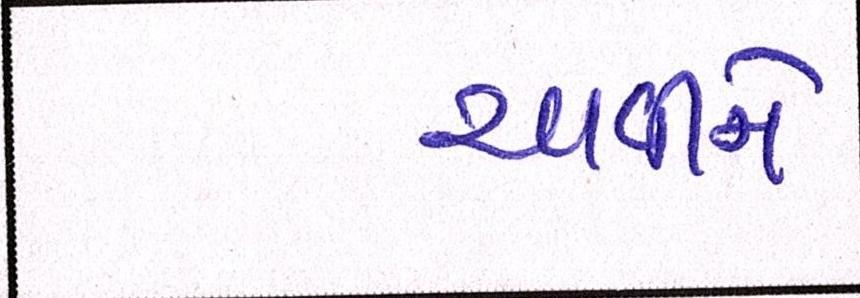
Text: ચાવીને